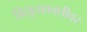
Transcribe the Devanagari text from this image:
विद्युतशक्तीवर